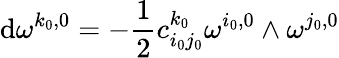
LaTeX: \mathrm{d}\omega^{k_{0},0}=-\frac{{1}}{{2}}c_{i_{0}j_{0}}^{k_{0}}\omega^{i_{0},0}\wedge\omega^{j_{0},0}